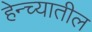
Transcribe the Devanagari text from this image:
हेन्च्यातील